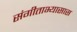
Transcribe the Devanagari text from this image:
संगीताभ्यासास